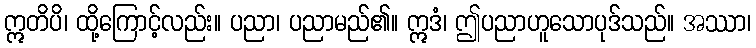
ဣတိပိ၊ ထို့ကြောင့်လည်း။ ပညာ၊ ပညာမည်၏။ ဣဒံ၊ ဤပညာဟူသောပုဒ်သည်။ အဿာ၊